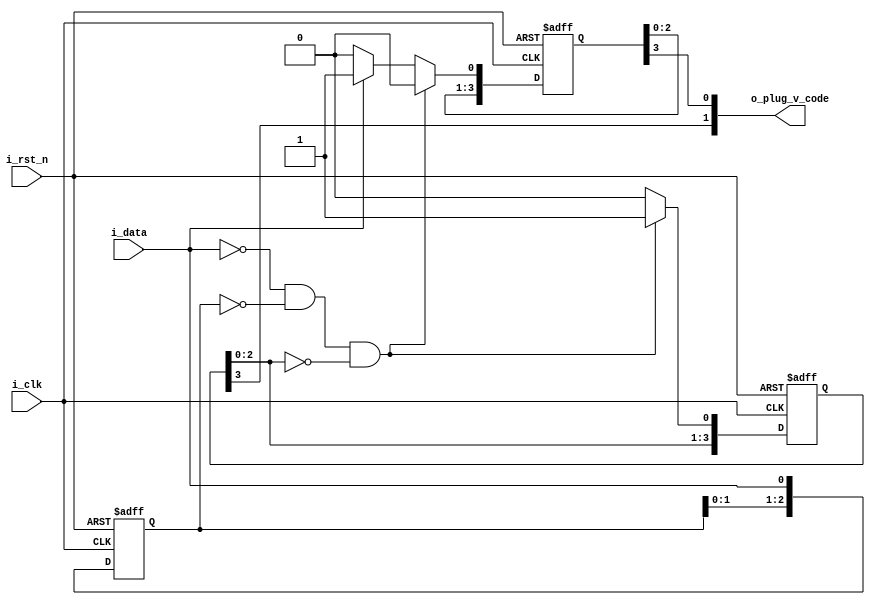
//*******************************FILE HEAD**************************************
//*********************Verilog HDL *********************
// FUNCTION        : 
// AUTHOR          : 
// DATE & REVISION : 
// COMPANY         : Verilog HDL 
// UPDATE          :
//******************************************************************************
`timescale 1ns/1ns

module hdb3_plug_v
    (
        input i_rst_n, //
        input i_clk, //
        input i_data,
        output [1 : 0] o_plug_v_code      
    );
    
    //o_data
    reg [1 : 0] r_plug_v_code;
    reg [3 : 0] r_plug_v_code_h;
    reg [3 : 0] r_plug_v_code_l;
    reg [2 : 0] r_data_shift;
    
    assign o_plug_v_code = {r_plug_v_code_h[3], r_plug_v_code_l[3]};
    
    always @(posedge i_clk, negedge i_rst_n) 
    begin
        if(1'b0 == i_rst_n)
        begin
            r_data_shift <= 3'b111;
        end
        else
        begin
            r_data_shift <= {r_data_shift[1 : 0], i_data};
        end
	end
	
	always @(posedge i_clk, negedge i_rst_n) 
    begin
        if(1'b0 == i_rst_n)
        begin
            r_plug_v_code_h <= 4'b0000;
            r_plug_v_code_l <= 4'b0000;
        end
        else
        begin
            if(1'b0 == i_data && r_data_shift == 3'b000 && 3'b000 == r_plug_v_code_h[2 : 0])
            begin
                r_plug_v_code_h <= {r_plug_v_code_h[2 : 0], 1'b1};
                r_plug_v_code_l <= {r_plug_v_code_l[2 : 0], 1'b0};
            end
            else if(1'b1 == i_data)
            begin
                r_plug_v_code_h <= {r_plug_v_code_h[2 : 0], 1'b0};
                r_plug_v_code_l <= {r_plug_v_code_l[2 : 0], 1'b1};
            end
            else
            begin
                r_plug_v_code_h <= {r_plug_v_code_h[2 : 0], 1'b0};
                r_plug_v_code_l <= {r_plug_v_code_l[2 : 0], 1'b0};
            end
        end
	end
    
endmodule
// END OF hdb3_plug_v.v FILE ***************************************************